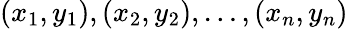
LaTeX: (x_{1},y_{1}),(x_{2},y_{2}),\ldots,(x_{n},y_{n})